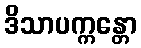
ဒိသာပက္ကန္တော